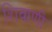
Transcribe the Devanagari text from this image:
शिवाणी